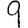
Digit: 9